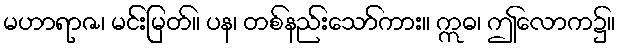
မဟာရာဇ၊ မင်းမြတ်။ ပန၊ တစ်နည်းသော်ကား။ ဣဓ၊ ဤလောက၌။